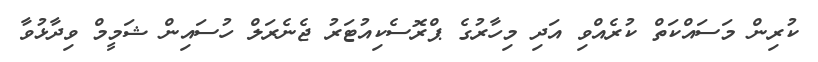
ކުރިން މަސައްކަތް ކުރެއްވި އަދި މިހާރުގެ ޕްރޮސެކިއުޓަރު ޖެނެރަލް ހުސައިން ޝަމީމް ވިދާޅުވާ